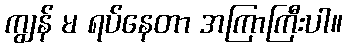
ကျွန် မ ရပ်နေတာ အကြာကြီးပါ။